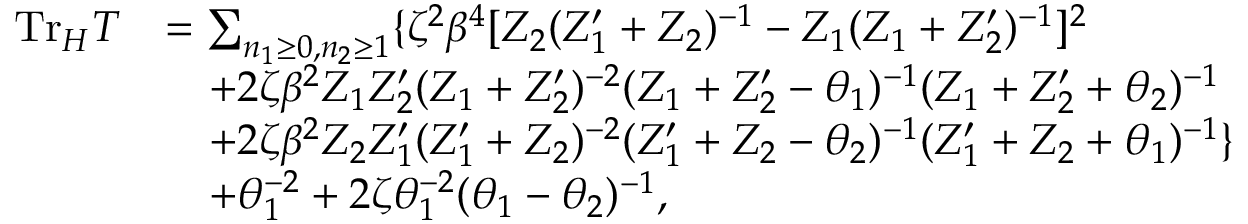
\begin{array} { r l } { { \mathrm { T r } _ { \cal H } T } } & { { = \sum _ { n _ { 1 } \geq 0 , n _ { 2 } \geq 1 } \{ \zeta ^ { 2 } \beta ^ { 4 } [ Z _ { 2 } ( Z _ { 1 } ^ { \prime } + Z _ { 2 } ) ^ { - 1 } - Z _ { 1 } ( Z _ { 1 } + Z _ { 2 } ^ { \prime } ) ^ { - 1 } ] ^ { 2 } } } \\ { { } } & { { \quad + 2 \zeta \beta ^ { 2 } Z _ { 1 } Z _ { 2 } ^ { \prime } ( Z _ { 1 } + Z _ { 2 } ^ { \prime } ) ^ { - 2 } ( Z _ { 1 } + Z _ { 2 } ^ { \prime } - \theta _ { 1 } ) ^ { - 1 } ( Z _ { 1 } + Z _ { 2 } ^ { \prime } + \theta _ { 2 } ) ^ { - 1 } } } \\ { { } } & { { \quad + 2 \zeta \beta ^ { 2 } Z _ { 2 } Z _ { 1 } ^ { \prime } ( Z _ { 1 } ^ { \prime } + Z _ { 2 } ) ^ { - 2 } ( Z _ { 1 } ^ { \prime } + Z _ { 2 } - \theta _ { 2 } ) ^ { - 1 } ( Z _ { 1 } ^ { \prime } + Z _ { 2 } + \theta _ { 1 } ) ^ { - 1 } \} } } \\ { { } } & { { \quad + \theta _ { 1 } ^ { - 2 } + 2 \zeta \theta _ { 1 } ^ { - 2 } ( \theta _ { 1 } - \theta _ { 2 } ) ^ { - 1 } , } } \end{array}